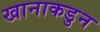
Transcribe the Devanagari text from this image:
खानाकडुन